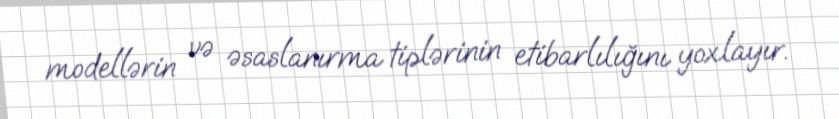
modellərin və əsaslanırma tiplərinin etibarlılığını yoxlayır.